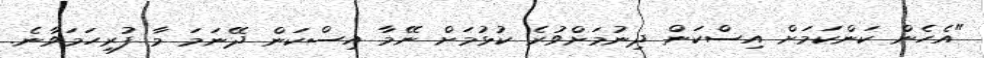
"އެހެން ކަންކަމަށް އިސްކަން ދިނުމަށްވުރެ ކުޅުމަށް ނޭމާ އިސްކަން ދޭނަމަ މާ ފުރިހަމަވާނެ.